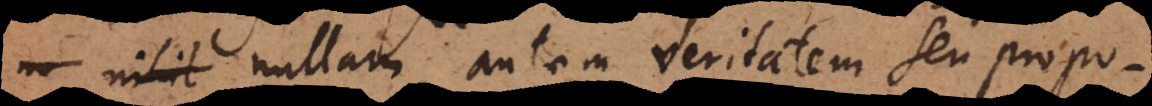
nullam autem veritatem seu propo